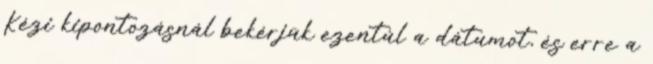
Kézi kipontozásnál bekérjük ezentúl a dátumot, és erre a